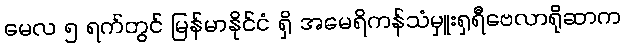
မေလ ၅ ရက်တွင် မြန်မာနိုင်ငံ ရှိ အမေရိကန်သံမှူးရှရီဗေလာရိုဆာက